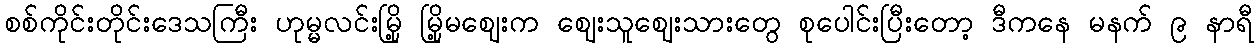
စစ်ကိုင်းတိုင်းဒေသကြီး ဟုမ္မလင်းမြို့ မြို့မဈေးက ဈေးသူဈေးသားတွေ စုပေါင်းပြီးတော့ ဒီကနေ မနက် ၉ နာရီ